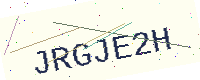
Text: JRGJE2H